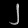
Digit: ၂